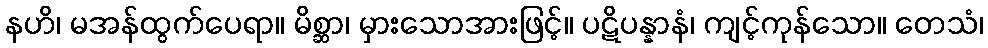
နဟိ၊ မအန်ထွက်ပေရာ။ မိစ္ဆာ၊ မှားသောအားဖြင့်။ ပဋိပန္နာနံ၊ ကျင့်ကုန်သော။ တေသံ၊